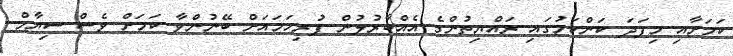
ކަމަށާއި މިފަދަ ކަންކަމުގައި ރައްޔިތުންގެ އެއްބާރުލުން ފުރިހަމައަށް ބޭނުންވާ ކަމަށް ވެސް ސިޔާމް